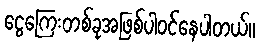
ငွေကြေးတစ်ခုအဖြစ်ပါဝင်နေပါတယ်။